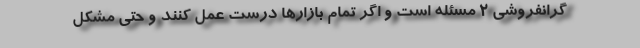
گرانفروشی ۲ مسئله است و اگر تمام بازارها درست عمل کنند و حتی مشکل